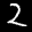
Label: 2